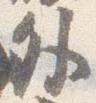
外